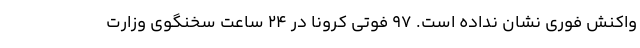
واکنش فوری نشان نداده است. ۹۷ فوتی کرونا در ۲۴ ساعت سخنگوی وزارت